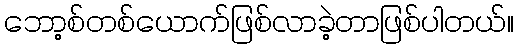
ဘော့စ်တစ်ယောက်ဖြစ်လာခဲ့တာဖြစ်ပါတယ်။